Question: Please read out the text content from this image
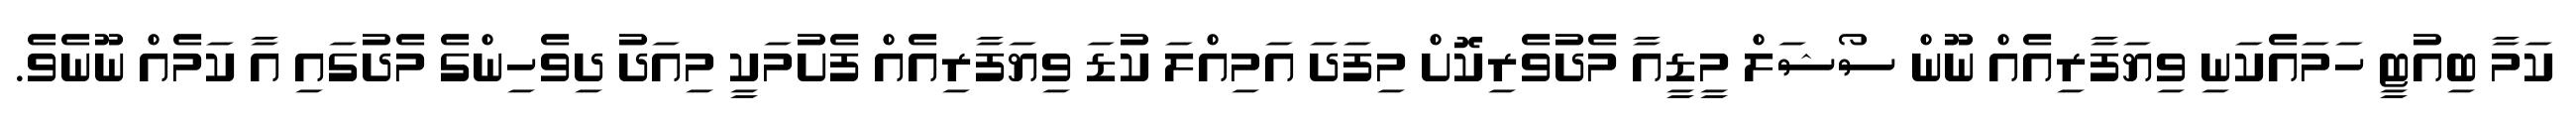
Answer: ކަމާ ބިއުޓީ ހަމައެކަނި ވިޔަފާރިއެއް ނޫން ސޯޝަލް މީޑީއާ މެދުވެރިކޮށް މިފަދަ އަމިއްލަ ކުޑަ ވިޔަފާރިއެއް ފެށުމަކީ މިއަދު ދިވެހިންގެ މެދުގައި އާ ކަމެއް ނޫނެވެ.